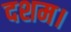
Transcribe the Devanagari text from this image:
दशम।